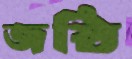
জষ্ঠি